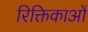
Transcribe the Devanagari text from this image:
रिक्तिकाओं